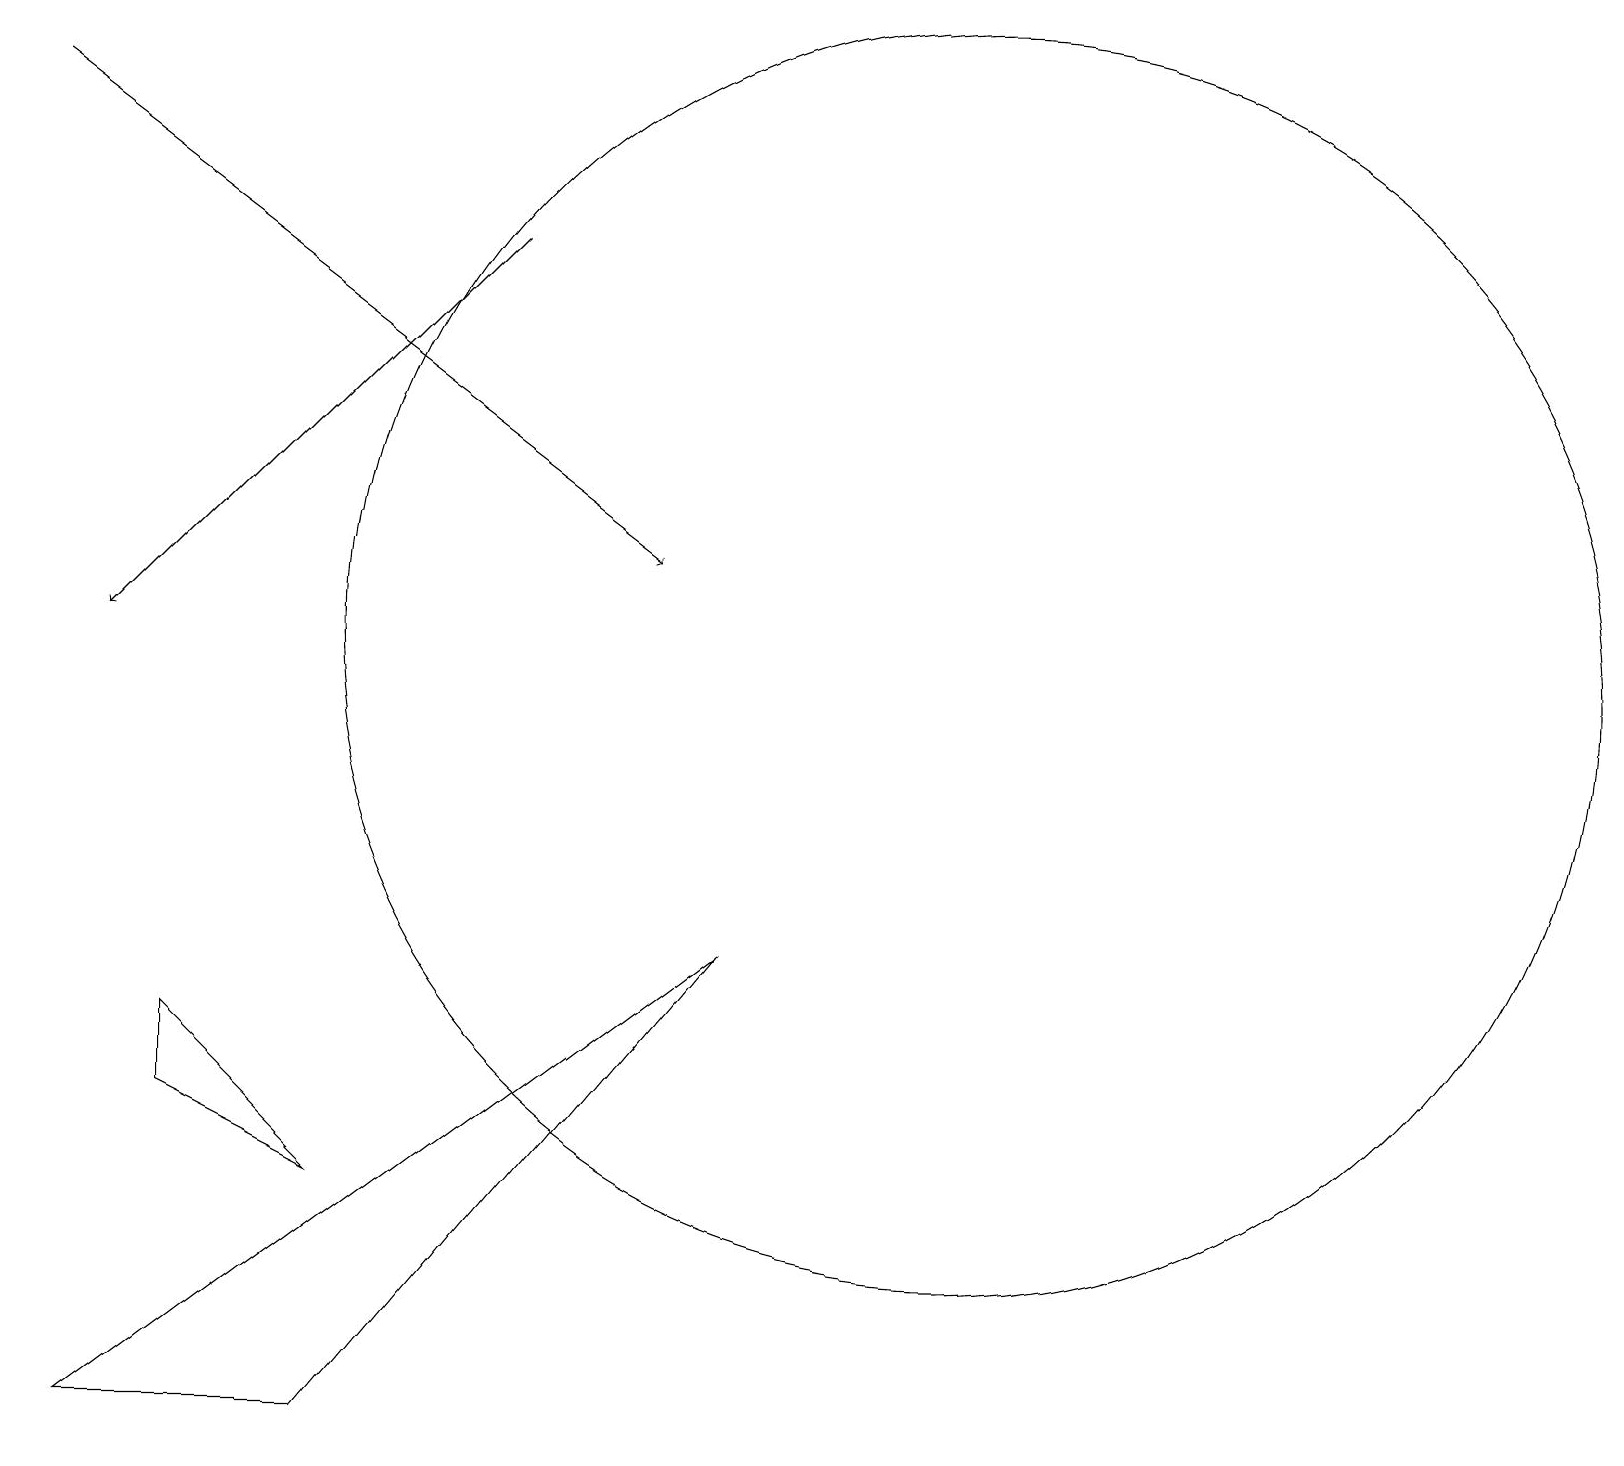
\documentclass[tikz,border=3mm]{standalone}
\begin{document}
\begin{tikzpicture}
\draw (1,0) -- (9,6) -- (4,0) -- cycle;
\draw (2,4) -- (4,3) -- (2,5) -- cycle;
\draw[->] (0,17) -- (8,11);
\draw[->] (6,15) -- (1,10);
\draw (12,10) circle (8);
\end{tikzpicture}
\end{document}